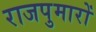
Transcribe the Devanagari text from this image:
राजपुमारों